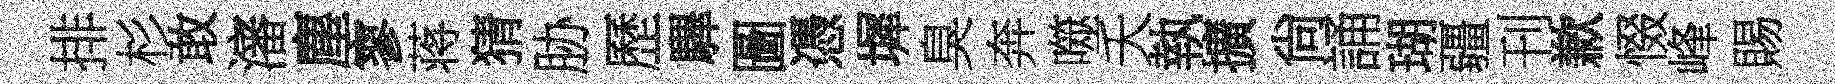
排杉敢瀋塵寥蒋猜胁歷驆圖憑墀臭奔噬夭執擴尙誦瑚疆刊歉惙峰賜